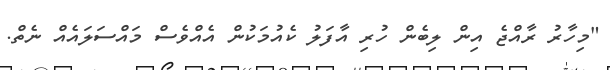
"މިހާރު ރާއްޖެ އިން ލިބެން ހުރި އާފަލު ކެއުމަކުން އެއްވެސް މައްސަލައެއް ނެތް.